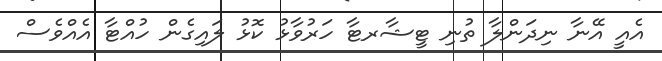
އެއީ އޭނާ ނިދަންލާ ތުނި ޓީޝާރޓާ ހަރުވާޅު ކޮޅު ލައިގެން ހުއްޓާ އެއްވެސް